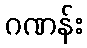
ဂဏန်း